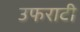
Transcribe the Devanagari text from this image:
उफराटी